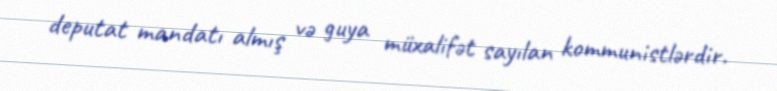
deputat mandatı almış və guya müxalifət sayılan kommunistlərdir.